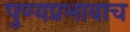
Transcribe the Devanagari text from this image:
पुण्यप्रभावाच